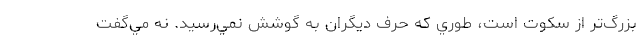
بزرگ‌تر از سكوت است، طوري كه حرف ديگران به گوشش نمي‌رسيد. نه مي‌گفت